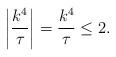
LaTeX: \begin{align*}\left|\frac{k^{4}}{\tau}\right|=\frac{k^{4}}{\tau}\leq 2.\end{align*}